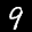
Label: 9